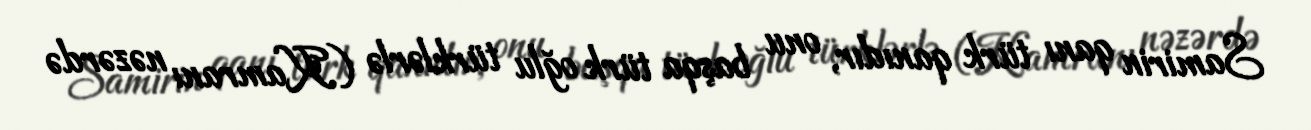
Samirin qanı türk qanıdır, onu başqa türk oğlu türklərlə (Kamranı nəzərdə